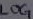
Text: LOG